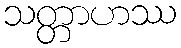
သတ္တာဟဿ